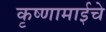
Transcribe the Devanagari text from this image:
कृष्णामाईचे